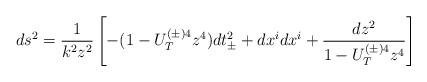
LaTeX: \begin{align*}ds^2 = \frac{1}{k^2 z^2}\left[-(1 - U_T^{(\pm) 4} z^4) dt_{\pm}^2 + dx^i dx^i + \frac{dz^2}{1 - U_T^{(\pm) 4} z^4} \right]\end{align*}